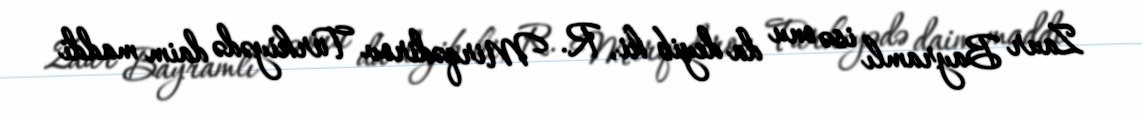
Zaur Bayramlı isə onu da deyib ki, R. Mirqədirov Türkiyədə daim maddi